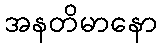
အနတိမာနော